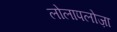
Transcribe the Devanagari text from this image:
लोलापलोज़ा